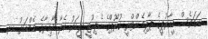
ނަމަވެސް ޑީއާރުޕީގެ ޕާލިމެންޓްރީ ގުރޫޕްގެ ޑެޕިއުޓީ ލީޑަރު ކެލާ ދާއިރާގެ މެމްބަރު ޑރ.